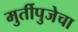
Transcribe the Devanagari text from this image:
मुर्तीपुजेचा